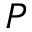
P